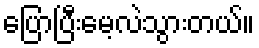
ပြောပြီးမေ့လဲသွားတယ်။